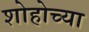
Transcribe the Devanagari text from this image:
शोहोच्या